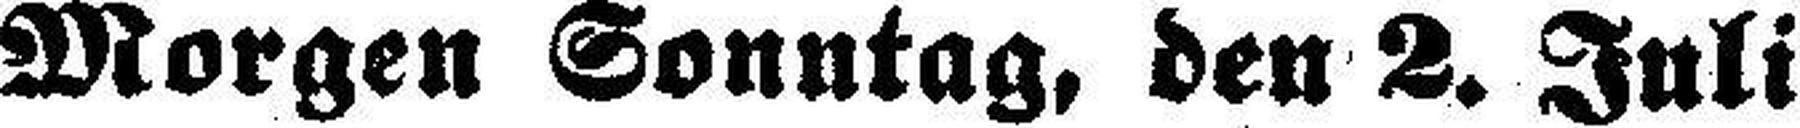
Morgen Sonntag, den 2. Juli